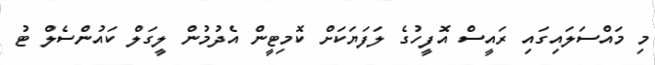
މި މައްސަލައިގައި ރައީސް އޮފީހުގެ ލަފަޔަކަށް ކޮމިޓީން އެދުމުން ލީގަލް ކައުންސެލް ޓު